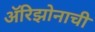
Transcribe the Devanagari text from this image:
अॅरिझोनाची